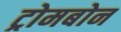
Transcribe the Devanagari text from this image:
ट्रोमबोन